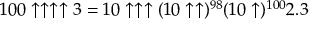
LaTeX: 1 0 0 \uparrow \uparrow \uparrow \uparrow 3 = 1 0 \uparrow \uparrow \uparrow ( 1 0 \uparrow \uparrow ) ^ { 9 8 } ( 1 0 \uparrow ) ^ { 1 0 0 } 2 . 3